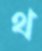
থ